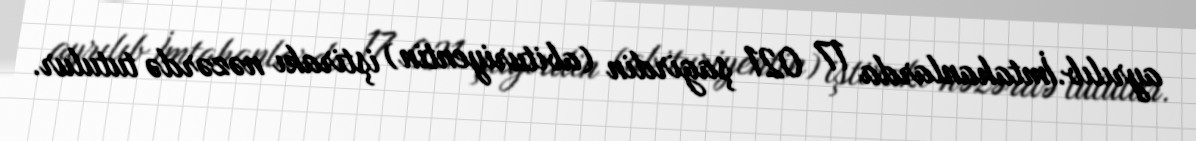
ayrılıb.İmtahanlarda 17 021 şagirdin (abituriyentin) iştirakı nəzərdə tutulur.